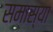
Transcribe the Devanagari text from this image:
समास्या